Document type: Sale
Year: 1440
Scribe: Pere Pau Pujades
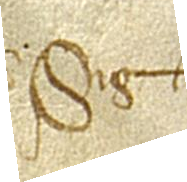
Sig